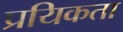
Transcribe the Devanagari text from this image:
प्रयिकता